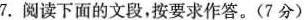
7.阅读下面的文段，按要求作答。(7分)